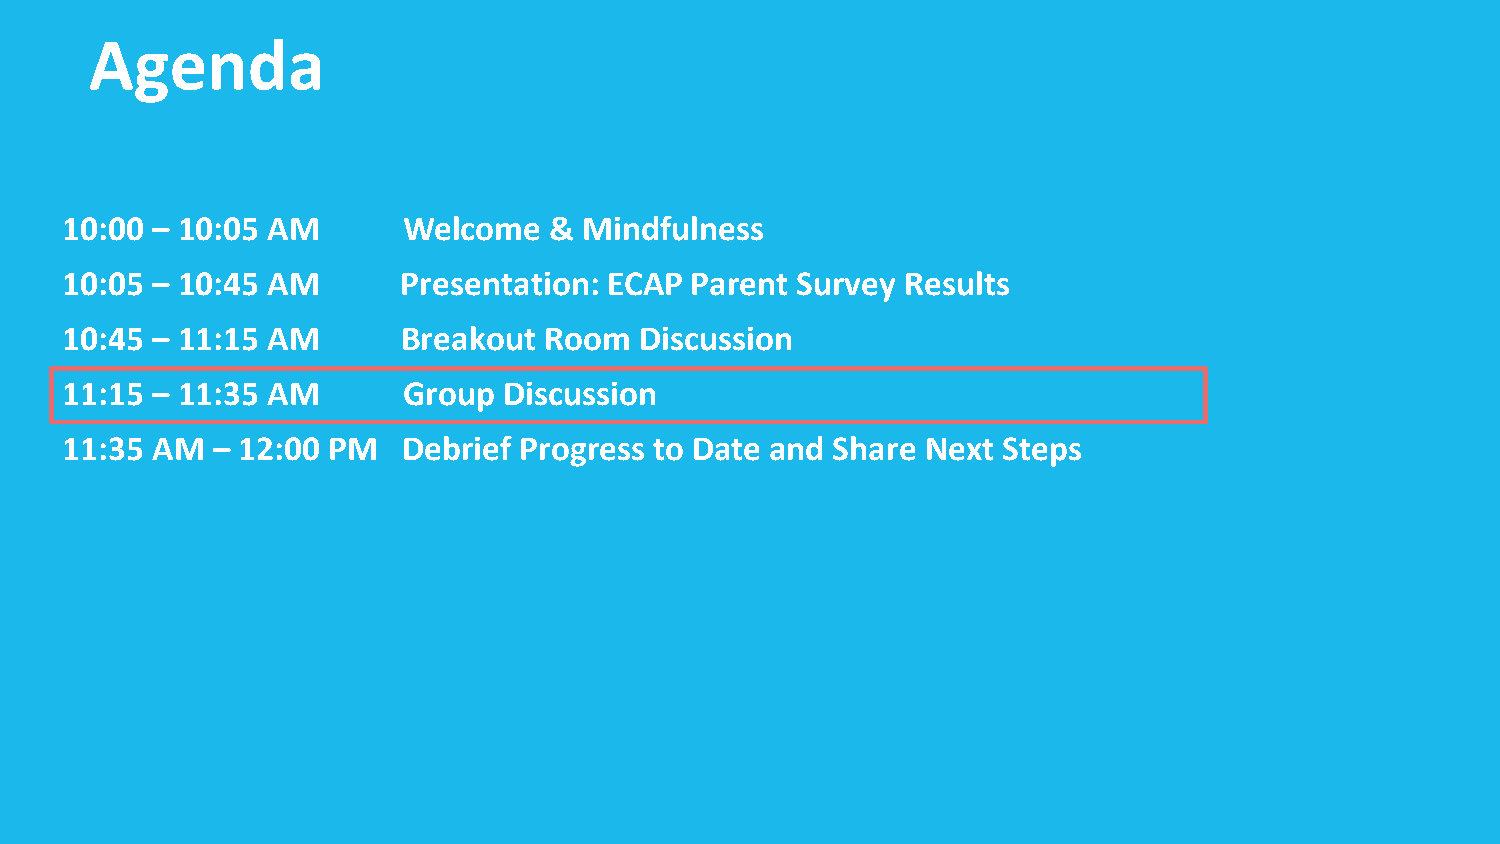
Agenda
 10:00 – 10:05 AM       Welcome  &  Mindfulness
 10:05 – 10:45 AM       Presentation: ECAP Parent Survey Results
 10:45 – 11:15 AM       Breakout Room  Discussion
 11:15 – 11:35 AM       Group Discussion
 11:35 AM  – 12:00 PM   Debrief Progress to Date and Share Next Steps